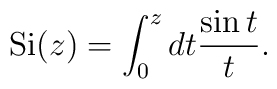
{\rm Si}(z) =\int_0^z dt {\sin t\over t}.